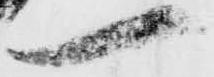
一